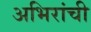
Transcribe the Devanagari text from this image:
अभिरांची